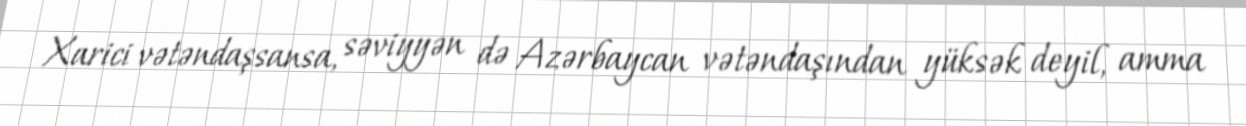
Xarici vətəndaşsansa, səviyyən də Azərbaycan vətəndaşından yüksək deyil, amma